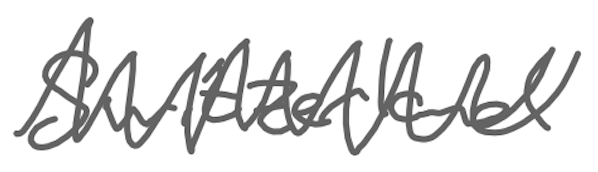
Text: Switzerland
Cross-out: zig-zag
Writing tool: digital_gray